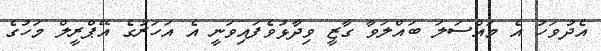
އެދުވަހު އެ މައްސަލަ ބައްލަވާ ގާޒީ ވިދާޅުވެފައިވަނީ އެ އަހަރުގެ އޭޕްރީލް މަހުގެ